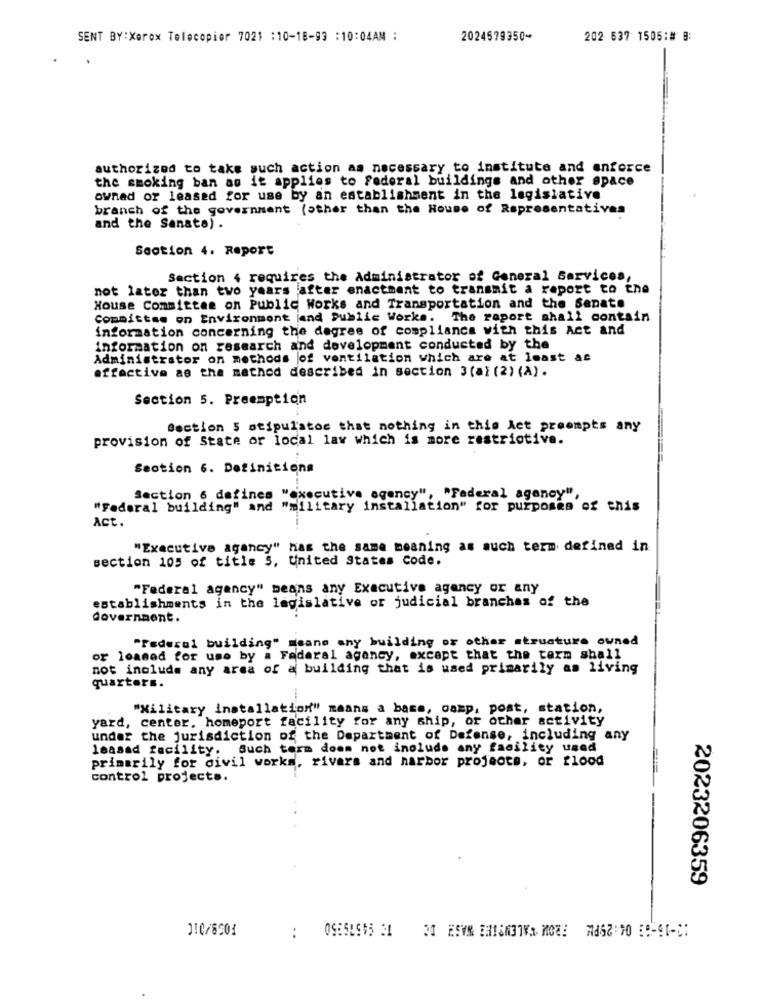
SENT BY:Xerox Telecopier 7021 :10-18-93 :10:04AM :
2024579350-
202 637 1505:# B:
authorized to take such action as necessary to institute and enforce
the smoking ban as it applies to Federal buildings and other space
owned or leased for use by an establishment in the legislative
branch of the government (other than the House of Representatives
and the Sanata).
Section 4. Report
Section 4 requires the Administrator of General Services,
not lator than two years after enactment to transmit a report to the
House Committee on Public Works and Transportation and the Senate
Committee on Environment jand Public Works. The raport shall contain
information concerning the degree of compliance with this Act and
information on research and development conducted by the
Administrator on methods of ventilation which are at least as
effective as the method described in section 3 (al (2) (A).
Section 5. Preemption
Section 5 stipulatoc that nothing in this Act proompts any
provision of State or local law which is more restrictive.
Section 6. Definitions
Section 6 defines "executive agency"
"Federal agency",
"Federal building" and "military installation" for purposes of this
Act.
"Executive agancy" has the same meaning as such term defined in
section 105 of title 5, United States code.
"Federal agency" means any Executive agency or any
establishments in the legislative or judicial branches of the
Government.
"Federal building" means any building or other structure owned
or loaned for use by a Federal agency, except that the term shall
not include any area of a building that is used primarily as living
quarters.
"Xilitary installation" means a bass, camp, post, station,
yard, center, homeport facility for any ship, or other activity
under the jurisdiction of the Department of Defense, including any
leasad facility. Such term doom not include any facility used
primarily for civil works, rivers and harbor projects, or flood
control projects.
2023206359
110/8:01
..